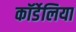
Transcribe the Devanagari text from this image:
कॉर्डेलिया